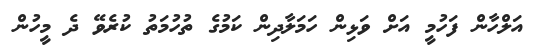
އަލްހާން ފަހުމީ އަށް ވަޅިން ހަމަލާދިން ކަމުގެ ތުހުމަތު ކުރެވޭ ދެ މީހުން